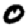
Digit: 0